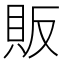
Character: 販